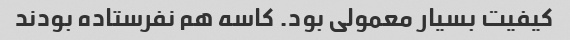
کیفیت بسیار معمولی بود. کاسه هم نفرستاده بودند